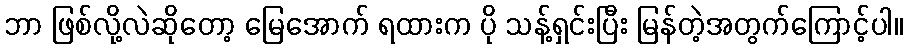
ဘာ ဖြစ်လို့လဲဆိုတော့ မြေအောက် ရထားက ပို သန့်ရှင်းပြီး မြန်တဲ့အတွက်ကြောင့်ပါ။